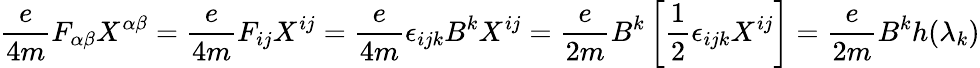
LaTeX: \frac{e}{4m}F_{\alpha\beta}X^{\alpha\beta}=\frac{e}{4m}F_{ij}X^{ij}=\frac{e}{4m}\epsilon_{ijk}B^{k}X^{ij}=\frac{e}{2m}B^{k}\left[\frac{1}{2}\epsilon_{ijk}X^{ij}\right]=\frac{e}{2m}B^{k}h(\lambda_{k})